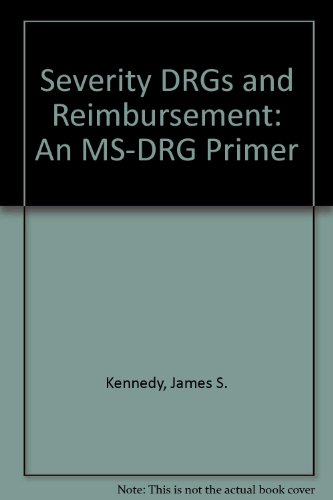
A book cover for Severity Drg's and Reimbursement: An Ms-drg Primer; James Kennedy; Medical Books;